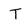
Character: T